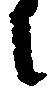
に